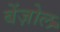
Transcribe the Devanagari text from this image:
बेंज़ोल